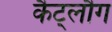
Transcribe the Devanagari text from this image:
कैट्लौग